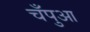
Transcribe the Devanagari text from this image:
चँपुआ